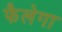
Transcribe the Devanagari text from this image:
फैलेगा